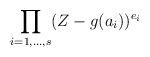
\begin{align*}\prod_{i=1,\ldots, s}(Z - g(a_i))^{e_i}\end{align*}